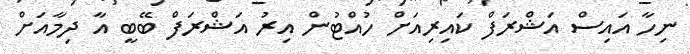
ނިހާ އައިސް އަޝްރަފް ކައިރިއަށް ހުއްޓުން އިރު އަޝްރަފް ބޭބީ އާ ދިމާއަށް